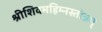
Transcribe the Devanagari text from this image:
श्रीशिवमहिम्नस्तोत्रम्